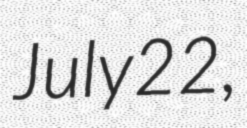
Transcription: July 22,